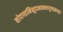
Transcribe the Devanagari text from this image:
कोदण्डमिक्षूदभवमथगुणमप्यड़